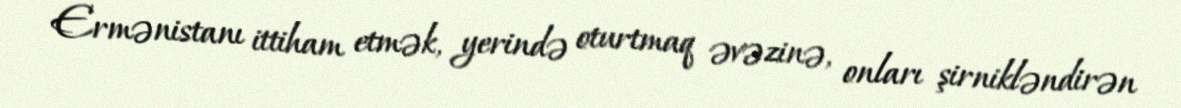
Ermənistanı ittiham etmək, yerində oturtmaq əvəzinə, onları şirnikləndirən